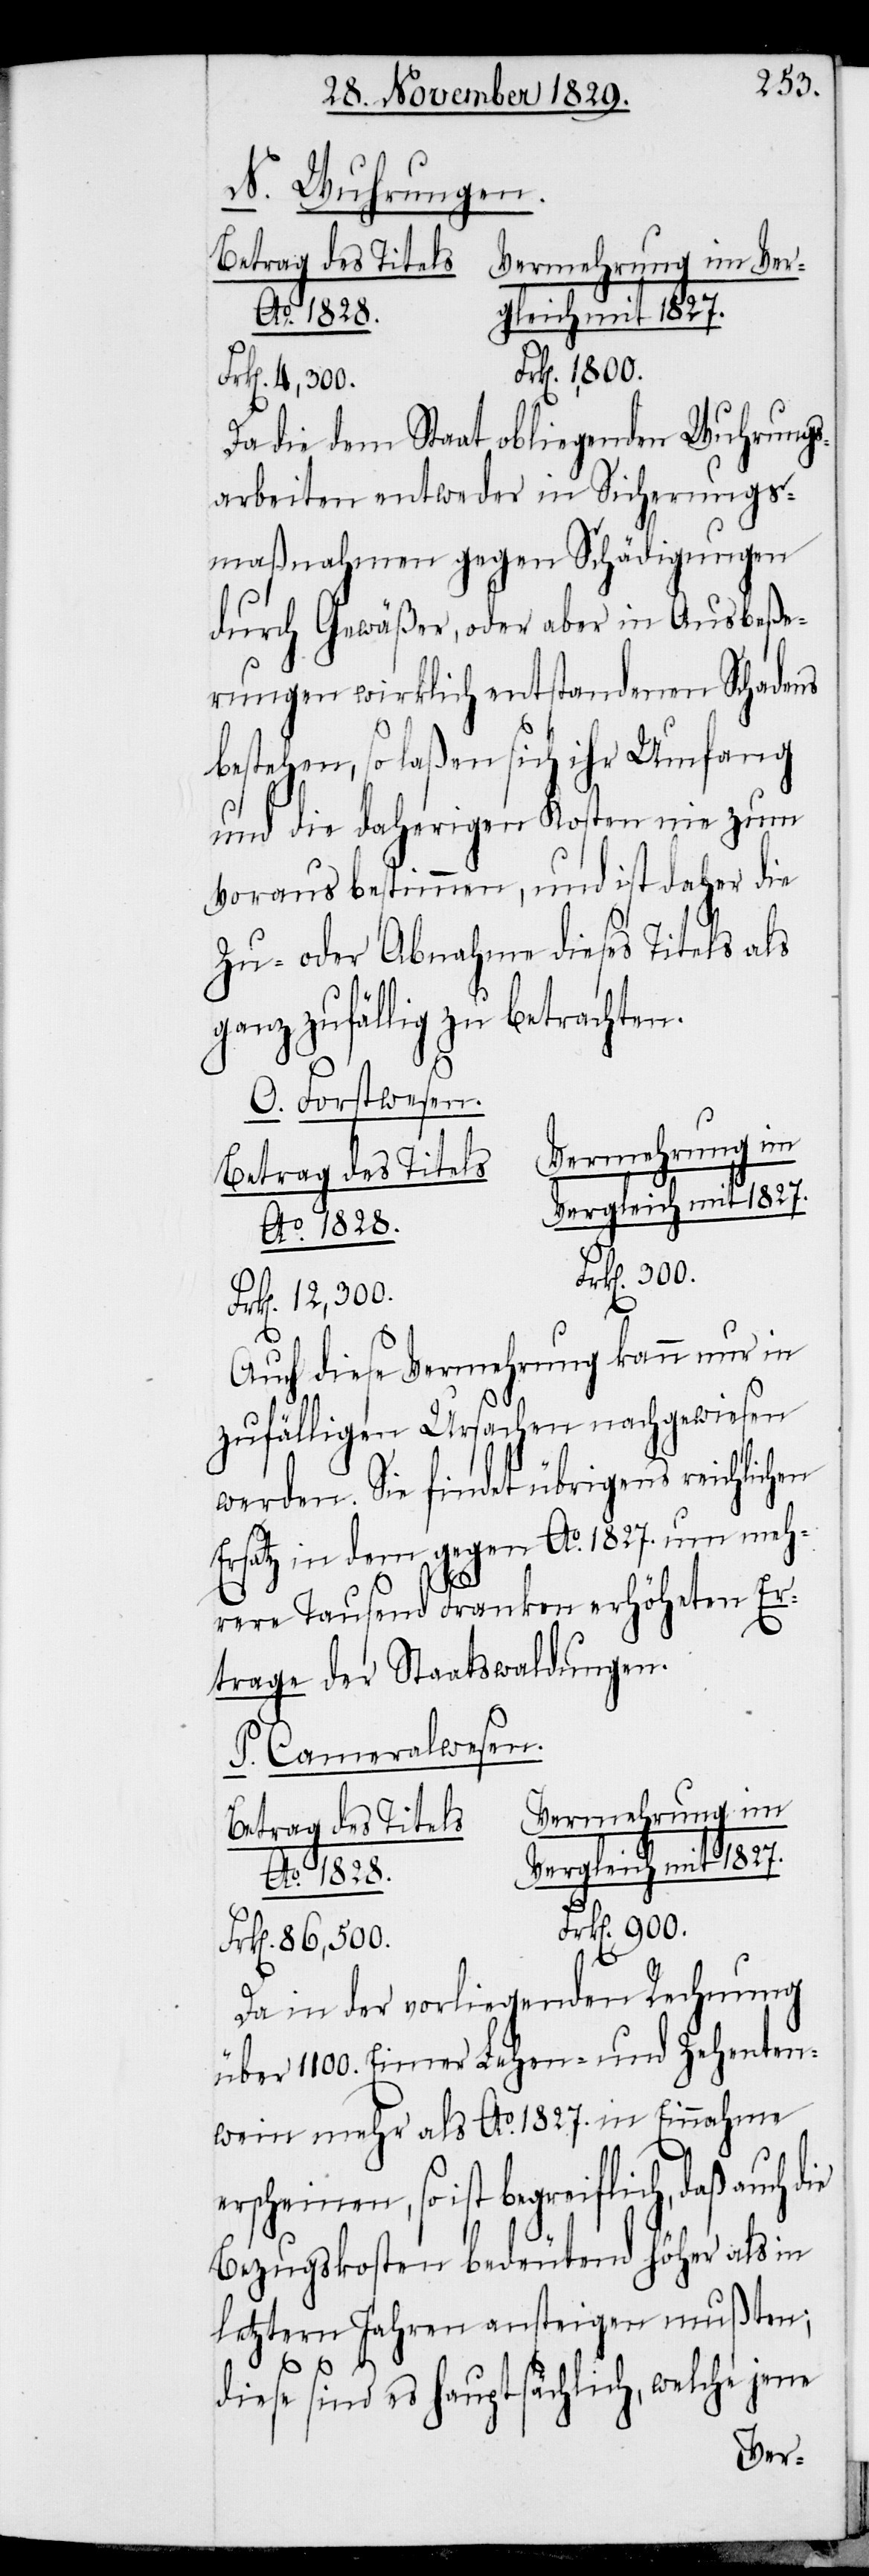
12,300.
N. Wuhrungen.
Betrag des Titels.
Ao. 1828.
Frk[en]. 900.
Da die dem Staat obliegenden Wuhrungs¬
arbeiten entweder in Sicherungs¬
maßnahmen gegen Schädigungen
durch Gewäßer, oder aber in Ausbeße¬
rungen wirklich entstandenen Schadens
bestehen, so laßen sich ihr Umfang
und die daherigen Kosten nie zum
Voraus bestimmen, und ist daher die
Zu- und Abnahme dieses Titels als
ganz zufällig zu betrachten.
O. Forstwesen.
Vermehrung im
Betrag des Titels.
Auch diese Vermehrung kann nur in
zufälligen Ursachen nachgwiesen
werden. Sie findet übrigens reichlich¬
Ersatz in dem gegen Ao. 1827. um meh¬
rere Tausend Franken erhöheten Er¬
trage der Staatswaldungen.
P. Cameralwesen.
Frk[en]. 86,500.
Da in der vorliegenden Rechnung
über 1100. Eimer Lehen- und Zehenten¬
wein mehr als Ao. 1827. in Einnahme
erscheinen, so ist begreiflich, daß auch
Bezugskosten bedeutend höher als in
letztern Jahren ansteigen mußten;
diese sind es hauptsächlich, welche jene
en